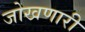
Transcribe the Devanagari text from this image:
जोखणारी